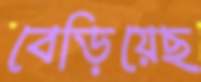
বেড়িয়েছ